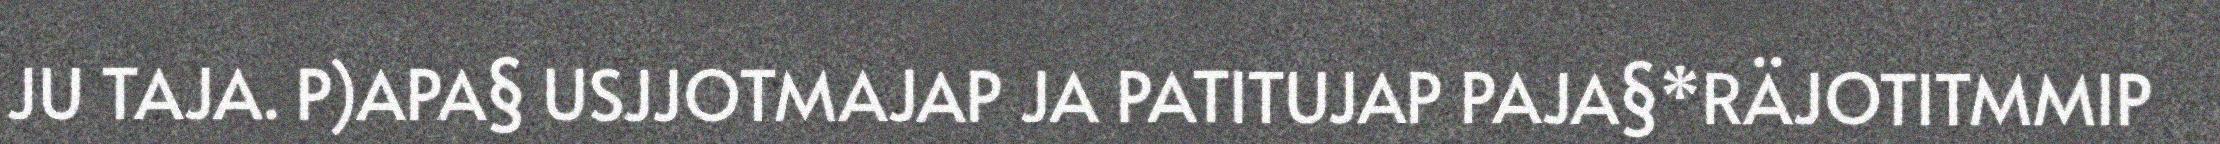
JU TAJA. P)APA§ USJJOTMAJAP JA PATITUJAP PAJA§*RÄJOTITMMIP